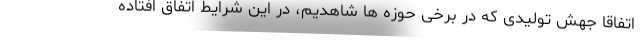
اتفاقا جهش تولیدی که در برخی حوزه ها شاهدیم، در این شرایط اتفاق افتاده